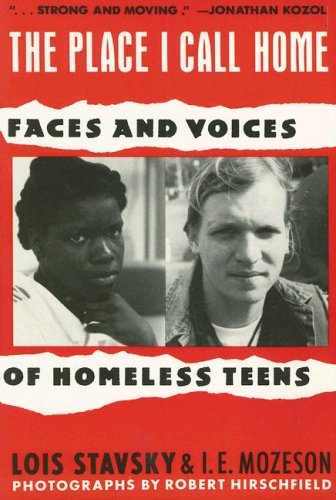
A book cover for The Place I Call Home: Voices and Faces of Homeless Teens; Lois Stavsky; Teen & Young Adult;